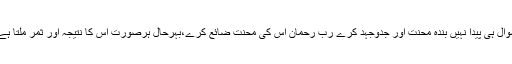
سوال ہی پیدا نہیں بندہ محنت اور جدوجہد کرے رب رحمان اس کی محنت ضائع کرے،بہرحال ہرصورت اس کا نتیجہ اور ثمر ملتا ہے۔